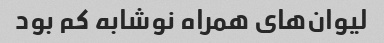
لیوان‌های همراه نوشابه کم بود